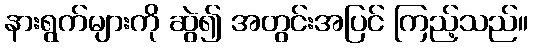
နားရွက်များကို ဆွဲ၍ အတွင်းအပြင် ကြည့်သည်။